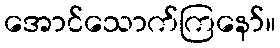
အောင်သောက်ကြနော်။